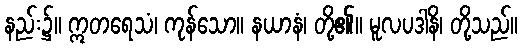
နည်း၌။ ဣတရေသံ၊ ကုန်သော။ နယာနံ၊ တို့၏။ မူလပဒါနိ၊ တို့သည်။